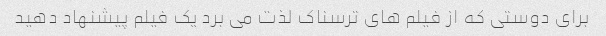
برای دوستی که از فیلم های ترسناک لذت می برد یک فیلم پیشنهاد دهید